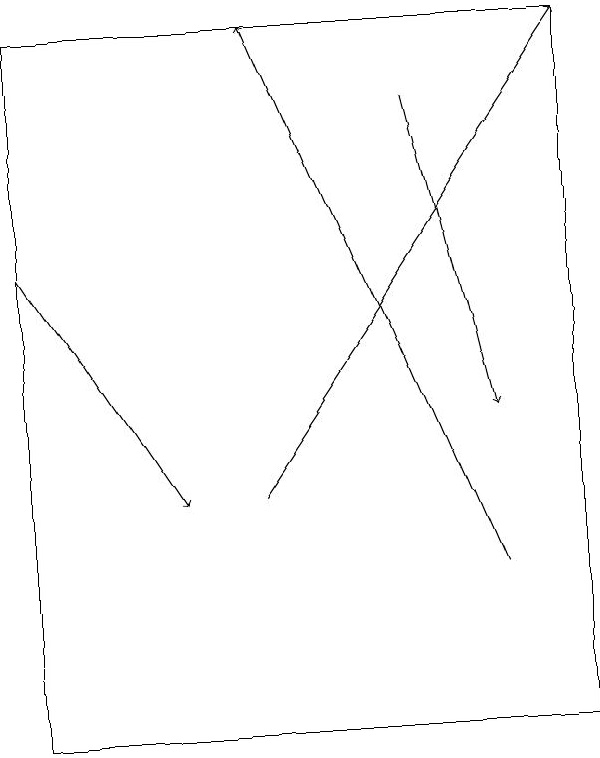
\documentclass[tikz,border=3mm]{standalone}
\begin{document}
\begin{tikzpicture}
\draw[->] (6,12) -- (3,19);
\draw[->] (5,18) -- (6,14);
\draw (0,19) rectangle (7,10);
\draw[->] (0,16) -- (2,13);
\draw[->] (3,13) -- (7,19);
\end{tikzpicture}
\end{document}